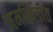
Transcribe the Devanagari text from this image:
जमखिंडीत